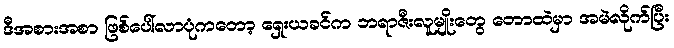
ဒီအစားအစာ ဖြစ်ပေါ်လာပုံကတော့ ရှေးယခင်က ဘရာဇီးလူမျိုးတွေ တောထဲမှာ အမဲလိုက်ပြီး